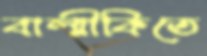
বাল্মীকিতে